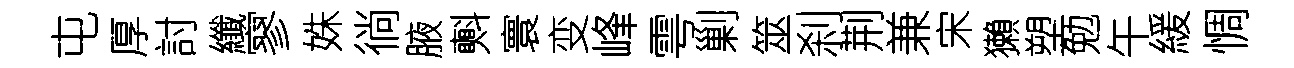
屯厚討纖寥姝徜腋㪺寰变峰雩剿筮刹荆兼宋獺塑勉午緩惆